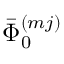
\bar { \Phi } _ { 0 } ^ { ( m j ) }